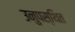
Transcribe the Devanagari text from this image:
उनुपस्थित